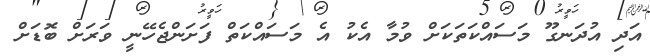
އަދި އުދަނގޫ މަސައްކަތަކަށް ވުމާ އެކު އެ މަސައްކަތް ފަށަންޖެހޭނީ ވަރަށް ބޮޑަށް